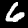
Digit: 6